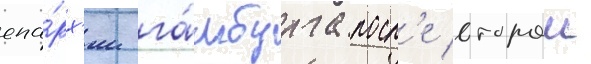
епа́рх'ии га́мбурга посл'е второи